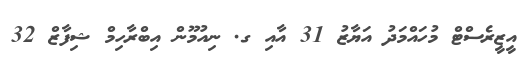
އީޒީރެސްޓް މުހައްމަދު އަޔާޒު 31 އާއި ގ. ނިއުމޫން އިބްރާހިމް ޝިފާޒް 32